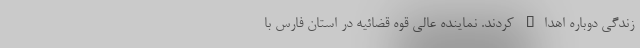
زندگی دوباره اهداء کردند. نماینده عالی قوه قضائیه در استان فارس با